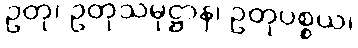
ဥတု၊ ဥတုသမုဋ္ဌာန၊ ဥတုပစ္စယ၊